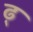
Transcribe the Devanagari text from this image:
ढ़्